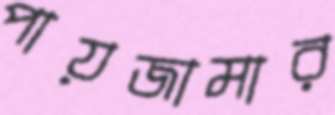
পায়জামার